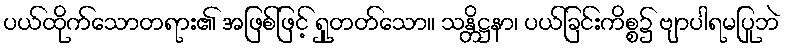
ပယ်ထိုက်သောတရား၏ အဖြစ်ဖြင့် ရှုတတ်သော။ သန္တိဋ္ဌနာ၊ ပယ်ခြင်းကိစ္စ၌ ဗျာပါရမပြုဘဲ